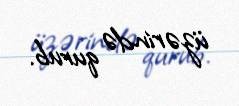
üzərində qurub.